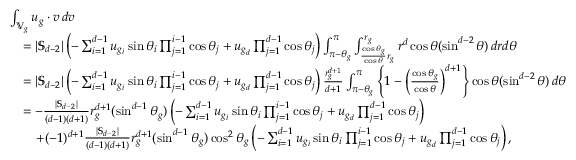
\begin{array} { r l } & { \int _ { \mathbb { V } _ { g } } u _ { g } \cdot v \, d v } \\ & { \quad = | \mathbb { S } _ { d - 2 } | \left( - \sum _ { i = 1 } ^ { d - 1 } u _ { g _ { i } } \sin \theta _ { i } \prod _ { j = 1 } ^ { i - 1 } \cos \theta _ { j } + u _ { g _ { d } } \prod _ { j = 1 } ^ { d - 1 } \cos \theta _ { j } \right) \int _ { \pi - \theta _ { g } } ^ { \pi } \int _ { \frac { \cos \theta _ { g } } { \cos \theta } r _ { g } } ^ { r _ { g } } r ^ { d } \cos \theta ( \sin ^ { d - 2 } \theta ) \, d r d \theta } \\ & { \quad = | \mathbb { S } _ { d - 2 } | \left( - \sum _ { i = 1 } ^ { d - 1 } u _ { g _ { i } } \sin \theta _ { i } \prod _ { j = 1 } ^ { i - 1 } \cos \theta _ { j } + u _ { g _ { d } } \prod _ { j = 1 } ^ { d - 1 } \cos \theta _ { j } \right) \frac { r _ { g } ^ { d + 1 } } { d + 1 } \int _ { \pi - \theta _ { g } } ^ { \pi } \left\{ 1 - \left( \frac { \cos \theta _ { g } } { \cos \theta } \right) ^ { d + 1 } \right\} \cos \theta ( \sin ^ { d - 2 } \theta ) \, d \theta } \\ & { \quad = - \frac { | \mathbb { S } _ { d - 2 } | } { ( d - 1 ) ( d + 1 ) } r _ { g } ^ { d + 1 } ( \sin ^ { d - 1 } \theta _ { g } ) \left( - \sum _ { i = 1 } ^ { d - 1 } u _ { g _ { i } } \sin \theta _ { i } \prod _ { j = 1 } ^ { i - 1 } \cos \theta _ { j } + u _ { g _ { d } } \prod _ { j = 1 } ^ { d - 1 } \cos \theta _ { j } \right) } \\ & { \qquad + ( - 1 ) ^ { d + 1 } \frac { | \mathbb { S } _ { d - 2 } | } { ( d - 1 ) ( d + 1 ) } r _ { g } ^ { d + 1 } ( \sin ^ { d - 1 } \theta _ { g } ) \cos ^ { 2 } \theta _ { g } \left( - \sum _ { i = 1 } ^ { d - 1 } u _ { g _ { i } } \sin \theta _ { i } \prod _ { j = 1 } ^ { i - 1 } \cos \theta _ { j } + u _ { g _ { d } } \prod _ { j = 1 } ^ { d - 1 } \cos \theta _ { j } \right) , } \end{array}